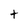
Character: t